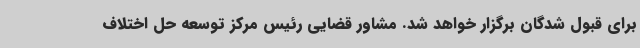
برای قبول شدگان برگزار خواهد شد. مشاور قضایی رئیس مرکز توسعه حل اختلاف